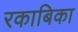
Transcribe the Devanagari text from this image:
रकाबिका